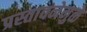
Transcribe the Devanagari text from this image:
प्रस्तावनेमुळे